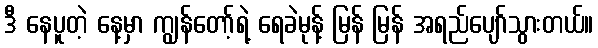
ဒီ နေပူတဲ့ နေ့မှာ ကျွန်တော့်ရဲ့ ရေခဲမုန့် မြန် မြန် အရည်ပျော်သွားတယ်။